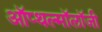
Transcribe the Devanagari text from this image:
ऑप्थल्मॉलॉजी